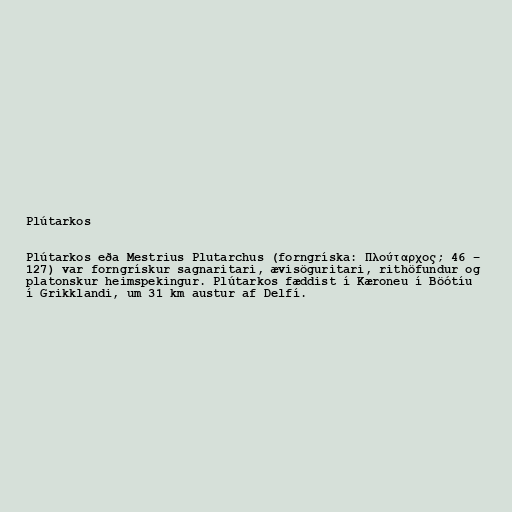
Plútarkos

Plútarkos eða Mestrius Plutarchus (forngríska: Πλούταρχος; 46 –
127) var forngrískur sagnaritari, ævisöguritari, rithöfundur og
platonskur heimspekingur. Plútarkos fæddist í Kæroneu í Böótíu
í Grikklandi, um 31 km austur af Delfí.